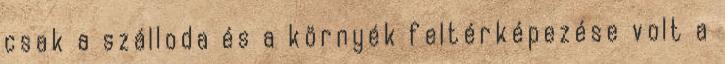
csak a szálloda és a környék feltérképezése volt a